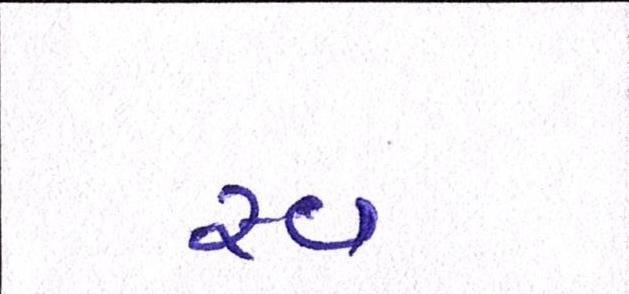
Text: સ્વ